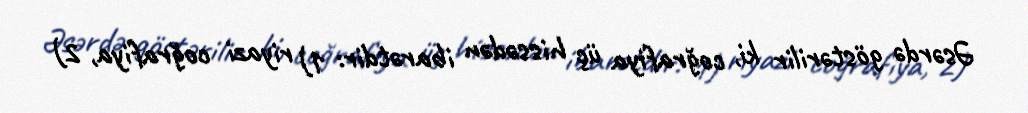
Əsərdə göstərilir ki, coğrafiya üç hissədən ibarətdir: 1) riyazi coğrafiya, 2)